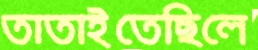
তাতাইতেছিলে